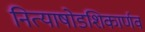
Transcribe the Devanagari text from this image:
नित्याषोडशिकार्णव